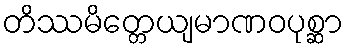
တိဿမိတ္တေယျမာဏဝပုစ္ဆာ